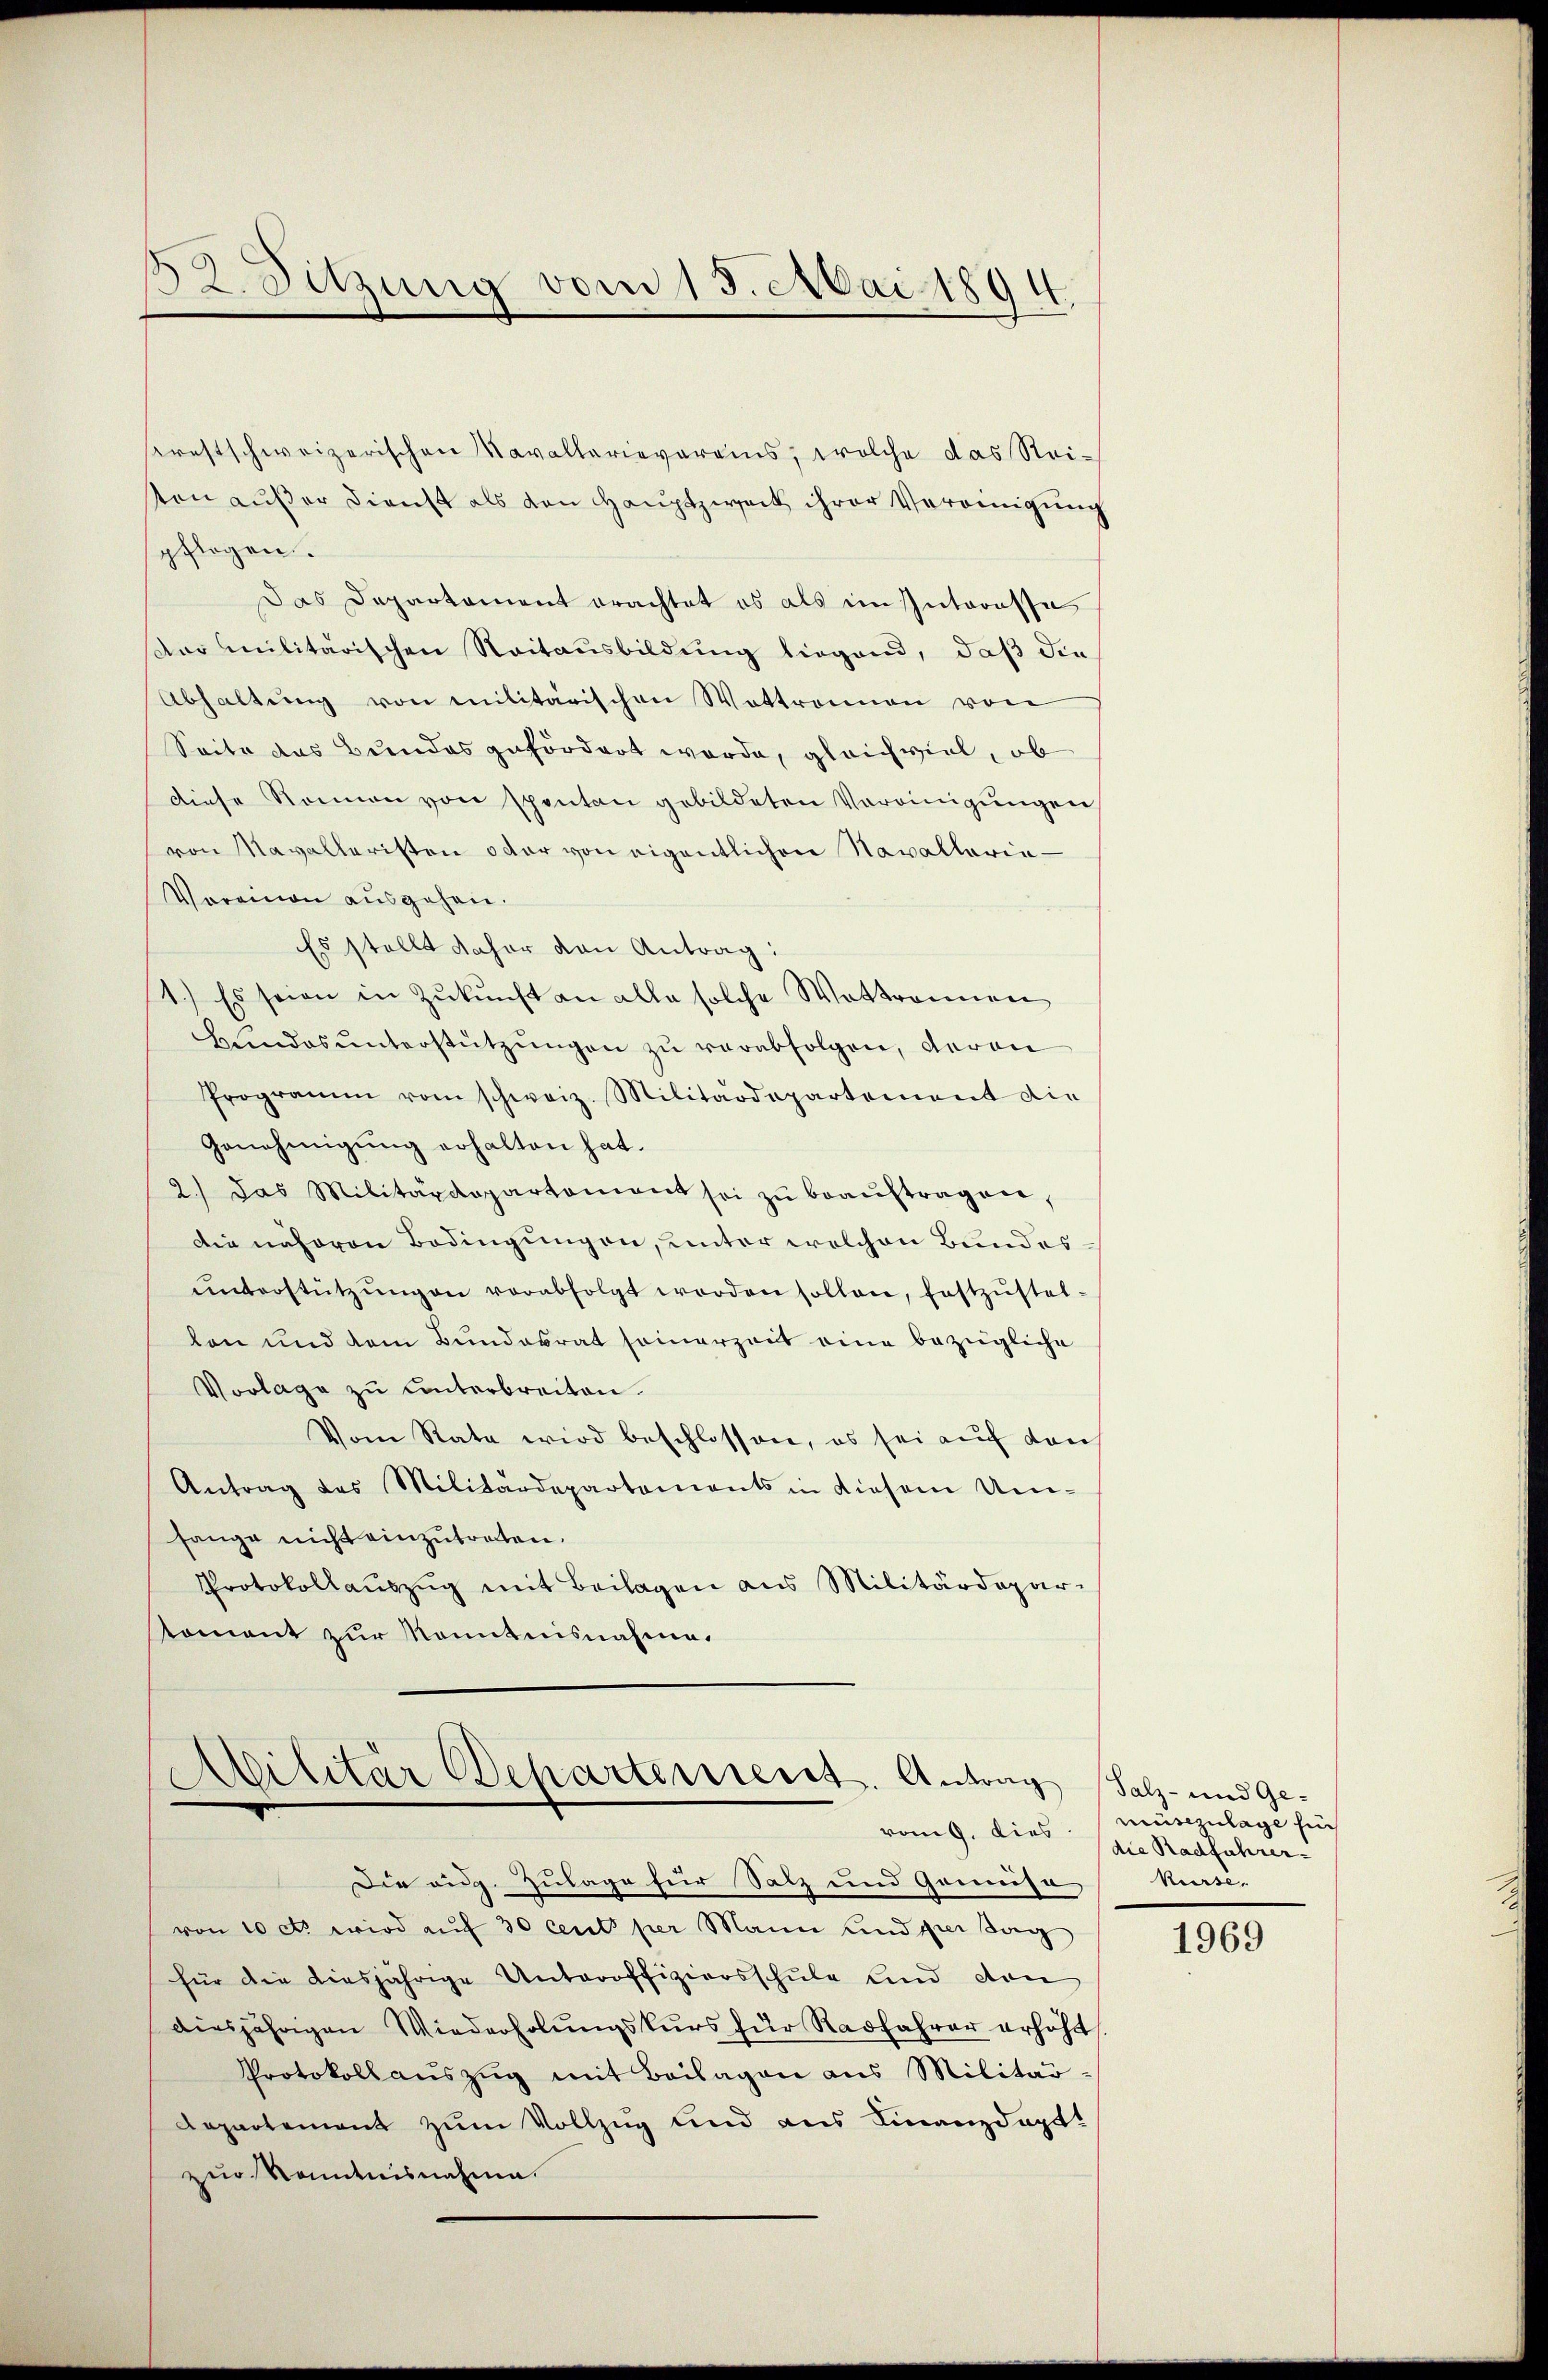
12. Sitzung vom 15. Mai 1894

Krestschweizerischen Navallerievereins, welche das Steiten außer Dienst als den Hauptzweck ihrer Vereinigung
pflogen.
Das Departament erachtet es als im Interesse
Der militärischen Reitausbildung liegend, daß die
Abhaltŭng von militärischen Wattrainen von
Seite das Bundes gefördert wurde, gleichviel, ob
diese Rennen von spentan gebildeten Vereinigungen
von Navalleristen oder von eigentlichen Navallaria¬
Voreinen ausgehen.
Es stellt daher den Antrag:
1.) Es seien in Zukunft an alle solche Wattronnen
Hundes ŭnterstützungen zu verabfolgen, deren
Programm vom schweiz. Militärdepartement die
Genehmigung erhalten hat.
2.) Das Militärdepartament sei zŭ beaŭftragen,
Die näheren Bedingungen, unter welchen Bundesŭnterstützŭngen verabfolgt worden sollen, festzŭstel-
len und dem Bundesrat seinerzeit eine bezügliche
Vorlage zu unterbreiten.
Vom Rate wird beschlossen, es sei auf von
Antrag des Militärdepartements in diesem Um-
hange nicht einzutreten.
Protokollauszug mit Beilagen aus Militärdepartoment zur Kenntnisnahme.

Militär Departerient. Antrag
vong. Dies

Die eidg. Zulage für Salz und Gamiso Kurse-
von 10 c. wird aŭf 30 cent per Mann und per sag
für die diesjährige Unteroffiziersschule und von
diesjährigen Wiederholungskurs für Radfahrer erhöht
Protokollaŭszŭg mit Beilagen aus Militär-
Departement zum Vollzug und aus Finanzdagt!
zur Kenntnisnahme.

Salz- und Gemüsezulage fin
die Radführer

1969